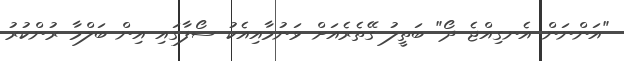
"އަންނަން އެނގިއްޖެ ދޯ" ބަތީލު ގޭތެރެއަށް ވަނުމާއިއެކު ސޯފާގައި އިން ބަލްމާ ރުންކުރު